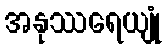
အနုဿရေယျုံ